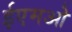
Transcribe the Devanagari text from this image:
ईएमओ